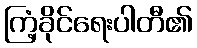
ကြံ့ခိုင်ရေးပါတီ၏